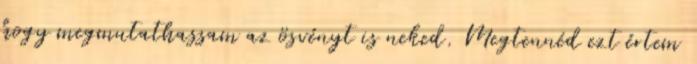
hogy megmutathassam az ösvényt is neked. Megtennéd ezt értem